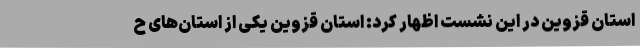
استان قزوین در این نشست اظهار کرد: استان قزوین یکی از استان‌های ح